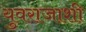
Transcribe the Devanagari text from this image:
युवराजाशी